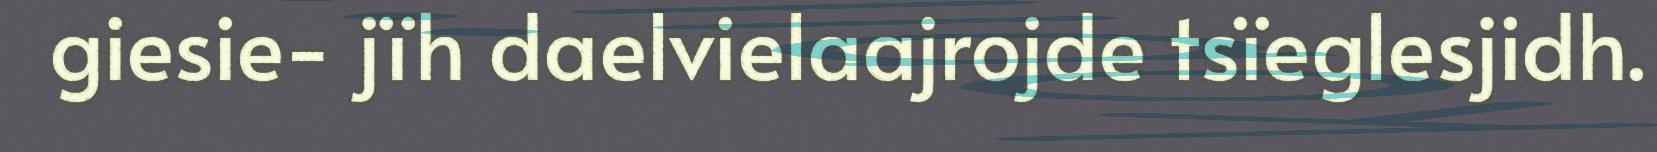
giesie- jïh daelvielaajrojde tsïeglesjidh.